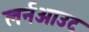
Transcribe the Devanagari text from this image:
लर्नआउट